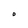
Character: O